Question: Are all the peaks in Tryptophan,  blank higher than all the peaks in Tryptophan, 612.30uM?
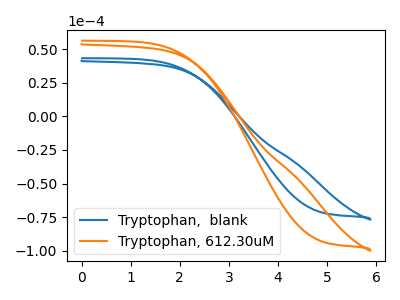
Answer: <think>The blue curve "Tryptophan,  blank" has no peaks. The orange curve "Tryptophan, 612.30uM" has no peaks.</think>
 <answer>Niether CV has any peaks.</answer>
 <eval>blanks</eval>